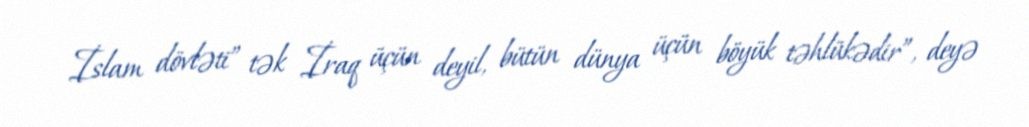
İslam dövləti” tək İraq üçün deyil, bütün dünya üçün böyük təhlükədir”, deyə